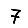
Digit: 7